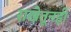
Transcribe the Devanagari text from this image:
राखेतूनही